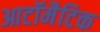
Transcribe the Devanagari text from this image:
आटॉमैटिक